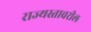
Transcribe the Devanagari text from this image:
राज्यस्तावरील